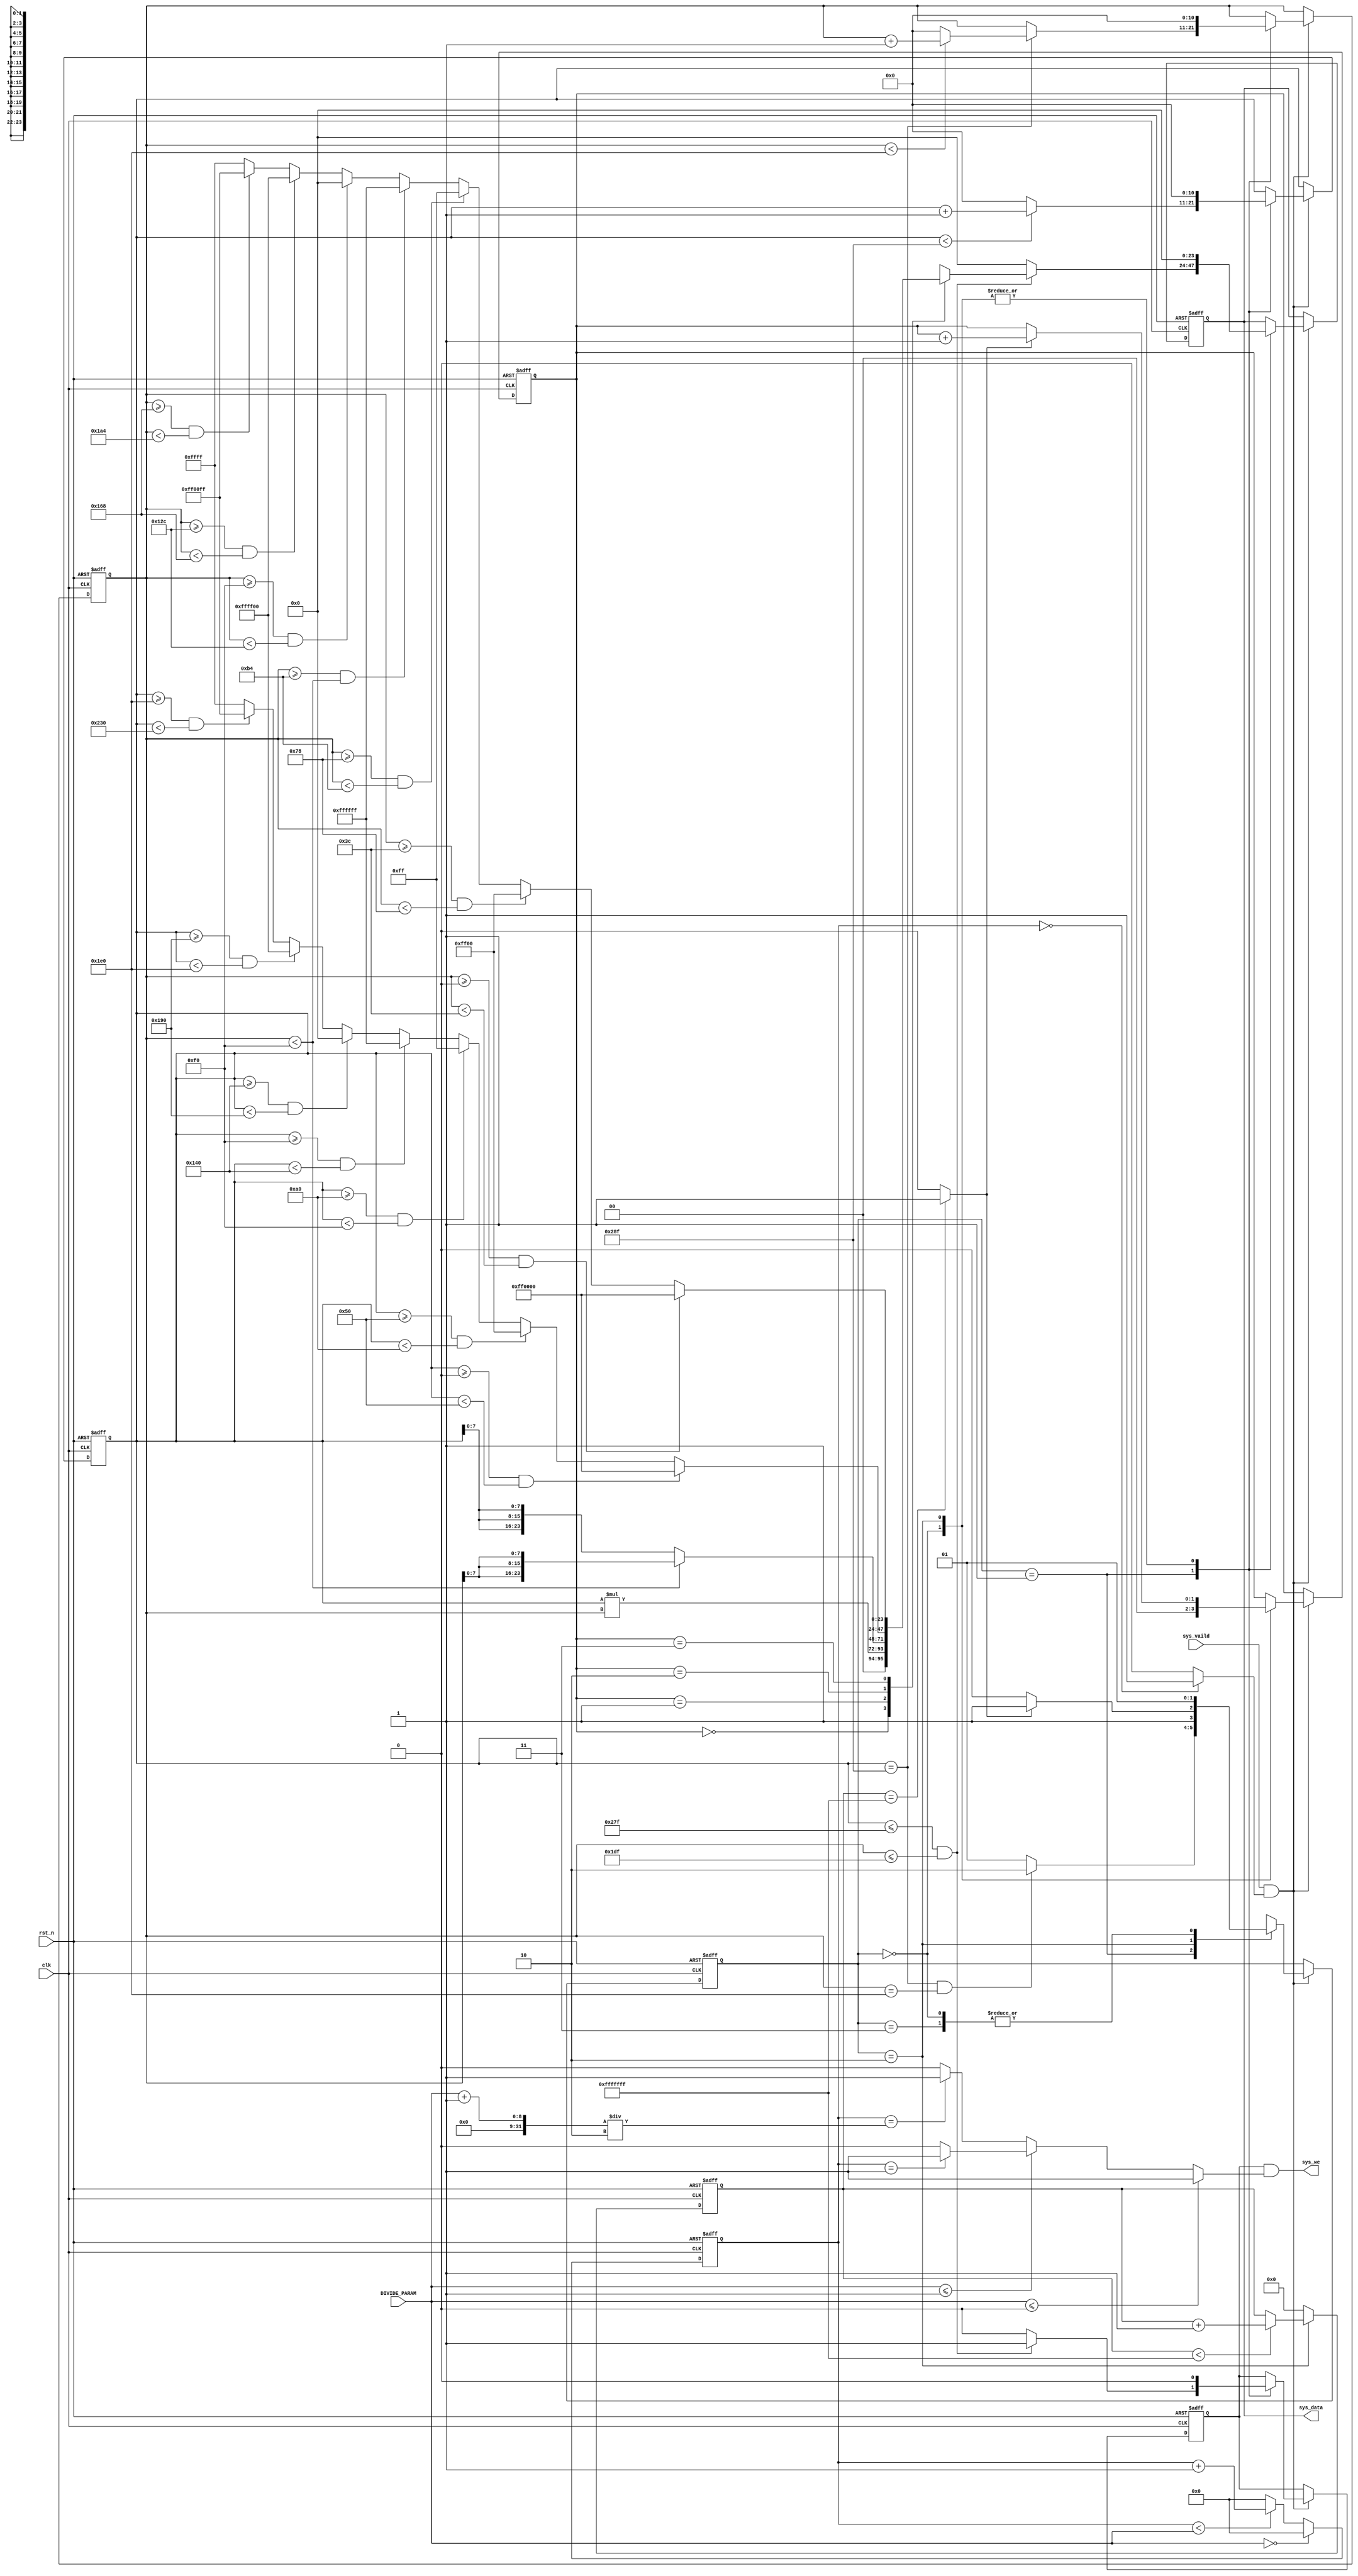
/*-------------------------------------------------------------------------
This confidential and proprietary software may be only used as authorized
by a licensing agreement from CrazyBingo.
(C) COPYRIGHT 2012 CrazyBingo. ALL RIGHTS RESERVED
Filename			:		data_generate.v
Author				:		CrazyBingo
Data				:		2012-03-12
Version				:		1.0
Description			:		data generate uart.
Modification History	:
Data			By			Version			Change Description
===========================================================================
12/03/12		CrazyBingo	1.0				Original
12/03/21		CrazyBingo	1.0				Complete
14/04/05		CrazyBingo	2.0				Modification
--------------------------------------------------------------------------*/
`timescale 1 ns / 1 ns
module VGAData_Simulate_24Bit
(
	input				clk,			//globan clock	
	input				rst_n,      	//Global reset	
	input				sys_vaild,		//the device is ready
	input		[7:0]	DIVIDE_PARAM,	//0-255
	
	//sys 2 sdram control
	output	reg	[23:0]	sys_data,
	output				sys_we
);
//`define	IMAGE_STEADY_MODE		//Steady Image mode
`define	IMAGE_DYNAMIC_MODE		//Dynamic Image mode
//`define	IMAGE_SIGNAL_MODE		//Signal Image mode
`define	IMAGE_REPEAT_MODE		//Multiple Image mode

localparam	DISP_DELAY_CNT	=	28'hFFFFFFF;	//30MHZ- 2.237S
//localparam	DISP_DELAY_CNT	=	28'hFFFFFFF;	//150MHZ- 1.78S
//Define the color parameter RGB--5|6|5
//define colors RGB--5|6|5
//----------------------------------------------------------------
localparam RED		=	24'hFF0000;   /*11111111,00000000,00000000	*/
localparam GREEN	=	24'h00FF00;   /*00000000,11111111,00000000	*/
localparam BLUE  	=	24'h0000FF;   /*00000000,00000000,11111111	*/
localparam WHITE 	=	24'hFFFFFF;   /*11111111,11111111,11111111	*/
localparam BLACK 	=	24'h000000;   /*00000000,00000000,00000000	*/
localparam YELLOW	=	24'hFFFF00;   /*11111111,11111111,00000000	*/
localparam CYAN  	=	24'hFF00FF;   /*11111111,00000000,11111111	*/
localparam ROYAL 	=	24'h00FFFF;   /*00000000,11111111,11111111	*/ 

//----------------------------------------------------------------
//localparam	H_DISP = 12'd16;
//localparam	V_DISP = 12'd6;
localparam	H_DISP = 12'd640;
localparam	V_DISP = 12'd480;
//localparam	H_DISP = 12'd1024;
//localparam	V_DISP = 12'd768;
//localparam	H_DISP = 12'd1280;
//localparam	V_DISP = 12'd1024;
localparam		H_TOTAL = H_DISP + 11'd16;
localparam		V_TOTAL = V_DISP + 11'd1;

//-------------------------------------
//delay for 1s for next image
//localparam	DISP_DELAY_CNT	=	28'hFFFFFFF;
reg	[1:0]	img_state;
reg	[27:0]	disp_cnt;
always@(posedge clk or negedge rst_n)
begin
	if(!rst_n)
		disp_cnt <= 0;
	else if(img_state == 2'd2)
		if(disp_cnt < DISP_DELAY_CNT)	//500us
			disp_cnt <= disp_cnt + 1'b1;
		else
			disp_cnt <= disp_cnt;
	else
		disp_cnt <= 0;
end
wire	display_done = (disp_cnt == DISP_DELAY_CNT) ? 1'b1 : 1'b0;


//-------------------------------------
//Divide for data write clock
reg	[7:0]	cnt;
always@(posedge clk or negedge rst_n)
begin
	if(!rst_n)
		cnt <= 0;
	else if(DIVIDE_PARAM == 8'd0)
		cnt <= 0;
	else 
		cnt <= (cnt < DIVIDE_PARAM) ? cnt + 1'b1 : 8'd0;
end
wire	write_flag 	=	(cnt == 0) ? 1'b1 : 1'b0;
wire	write_en 	= 	(DIVIDE_PARAM <= 0) ? 1'b1 : 
						(DIVIDE_PARAM <= 1) ? ((cnt == 1) ? 1'b1 : 1'b0) :
						(cnt == (DIVIDE_PARAM + 1'b1)/2) ? 1'b1 : 1'b0;


//---------------------------------------
reg	[1:0]	img_cnt;
//reg	[1:0]	img_state;
reg	[10:0]	lcd_xpos;
reg	[10:0]	lcd_ypos;
reg		sys_hs;
always@(posedge clk or negedge rst_n)
begin
	if(!rst_n)
		begin
		lcd_xpos <= 0;
		lcd_ypos <= 0;
		sys_data <= 0;
		sys_hs <= 0;
		img_cnt <= 0;
		img_state <= 0;
		end
	else if(sys_vaild & write_flag)
		begin
		case(img_state)
		2'd0:	begin
				img_cnt <= 0;
				lcd_xpos <= 0;
				lcd_ypos <= 0;
				sys_data <= 0;
				sys_hs <= 0;
				img_state <= 2'd1;
				end
		2'd1:	begin
				sys_hs <= (lcd_xpos <= H_DISP - 1'b1 && lcd_ypos <= V_DISP - 1'b1) ? 1'b1 : 1'b0;
				if(lcd_xpos == H_TOTAL - 1'b1 && lcd_ypos == V_TOTAL - 1'b1)
					img_state <= 2'd2;
				else
					img_state <= 2'd1;	
//-----------------------------------------------------------------------------------------------	
				if(lcd_xpos < H_TOTAL - 1'b1)
					lcd_xpos <= lcd_xpos + 1'b1;
				else
					lcd_xpos <= 11'd0;
					
				if(lcd_xpos == H_TOTAL - 1'b1)
					begin
					if(lcd_ypos < V_TOTAL - 1'b1)
						lcd_ypos <= lcd_ypos + 1'b1;
					else
						lcd_ypos <= 11'd0;
					end
				else
					lcd_ypos <= lcd_ypos;
//-----------------------------------------------------------------------------------------------	
				if(lcd_xpos <= H_DISP - 1'b1 && lcd_ypos <= V_DISP - 1'b1)
					case(img_cnt)
					2'd0:	sys_data <= lcd_xpos * lcd_ypos;
					2'd1:	sys_data <= (lcd_ypos < V_DISP/2) ? {lcd_ypos[7:0], lcd_ypos[7:0], lcd_ypos[7:0]}:
																{lcd_xpos[7:0], lcd_xpos[7:0], lcd_xpos[7:0]};
//-----------------------------------------------------------------------------------------------					
					2'd2:	sys_data <= (lcd_xpos >= (H_DISP/8)*0 && lcd_xpos < (H_DISP/8)*1) ? RED	:
										(lcd_xpos >= (H_DISP/8)*1 && lcd_xpos < (H_DISP/8)*2) ? GREEN	:
										(lcd_xpos >= (H_DISP/8)*2 && lcd_xpos < (H_DISP/8)*3) ? BLUE	:
										(lcd_xpos >= (H_DISP/8)*3 && lcd_xpos < (H_DISP/8)*4) ? WHITE	:
										(lcd_xpos >= (H_DISP/8)*4 && lcd_xpos < (H_DISP/8)*5) ? BLACK	:
										(lcd_xpos >= (H_DISP/8)*5 && lcd_xpos < (H_DISP/8)*6) ? YELLOW	:
										(lcd_xpos >= (H_DISP/8)*6 && lcd_xpos < (H_DISP/8)*7) ? CYAN	:	ROYAL;
//-----------------------------------------------------------------------------------------------										
					2'd3:	sys_data <= (lcd_ypos >= (V_DISP/8)*0 && lcd_ypos < (V_DISP/8)*1) ? RED	:
										(lcd_ypos >= (V_DISP/8)*1 && lcd_ypos < (V_DISP/8)*2) ? GREEN	:
										(lcd_ypos >= (V_DISP/8)*2 && lcd_ypos < (V_DISP/8)*3) ? BLUE	:
										(lcd_ypos >= (V_DISP/8)*3 && lcd_ypos < (V_DISP/8)*4) ? WHITE	:
										(lcd_ypos >= (V_DISP/8)*4 && lcd_ypos < (V_DISP/8)*5) ? BLACK	:
										(lcd_ypos >= (V_DISP/8)*5 && lcd_ypos < (V_DISP/8)*6) ? YELLOW	:
										(lcd_ypos >= (V_DISP/8)*6 && lcd_ypos < (V_DISP/8)*7) ? CYAN	:	ROYAL;	
					endcase
				else
					sys_data <= 0;
				end
				2'd2:	begin
						sys_hs <= 0;
						lcd_xpos <= 0;
						lcd_ypos <= 0;
						sys_data <= 0;
						if(display_done)
							begin
							`ifdef	IMAGE_STEADY_MODE	//Steady Image
							img_cnt <= img_cnt;			//2'd0			
							`endif
							`ifdef	IMAGE_DYNAMIC_MODE	//Move Image
							img_cnt <= img_cnt + 1'b1;	
							`endif
							img_state <= 2'd3;
							end
						else
							begin
							img_cnt <= img_cnt;			
							img_state <= 2'd2;
							end
						end
				2'd3:	`ifdef	IMAGE_SIGNAL_MODE	//Signal Image write
						img_state <= 2'd3;					
						`endif
						`ifdef	IMAGE_REPEAT_MODE	//Multiple Image write
						img_state <= 2'd1;
						`endif
		endcase
		end
end
assign	sys_we = sys_hs & write_en;

endmodule